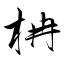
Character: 柟